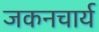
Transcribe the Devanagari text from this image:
जकनचार्य